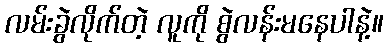
လမ်းခွဲလိုက်တဲ့ လူကို စွဲလန်းမနေပါနဲ့။